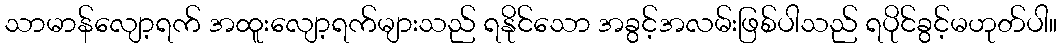
သာမာန်လျော့ရက် အထူးလျော့ရက်များသည် ရနိုင်သော အခွင့်အလမ်းဖြစ်ပါသည် ရပိုင်ခွင့်မဟုတ်ပါ။